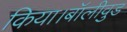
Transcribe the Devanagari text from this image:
किया।बॉलीवुड